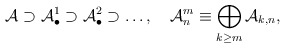
\begin{align*}{\cal A}\supset {\cal A}_{\bullet }^1\supset {\cal A}_{\bullet }^2\supset\ldots ,\quad {\cal A}_n^m\equiv \bigoplus\limits_{k\geq m}{\cal A}_{k,n},\end{align*}